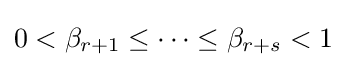
0<\beta _{r+1}\leq \cdots \leq \beta _{r+s}<1